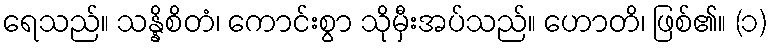
ရေသည်။ သန္နိစိတံ၊ ကောင်းစွာ သိုမှီးအပ်သည်။ ဟောတိ၊ ဖြစ်၏။ (၁)